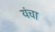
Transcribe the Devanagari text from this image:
यंचा